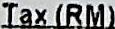
TAX (RM)